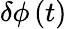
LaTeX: \delta\phi\left(t\right)